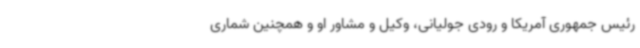
رئیس جمهوری آمریکا و رودی جولیانی، وکیل و مشاور او و همچنین شماری